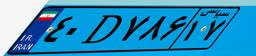
۳۳D۵۴۵۲۱